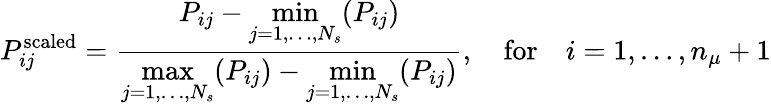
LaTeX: P_{ij}^{\mathrm{scaled}}=\frac{P_{ij}-\underset{j=1,\ldots,N_{s}}{\operatorname*{min}}(P_{ij})}{\underset{j=1,\ldots,N_{s}}{\operatorname*{max}}(P_{ij})-\underset{j=1,\ldots,N_{s}}{\operatorname*{min}}(P_{ij})},\quad\mathrm{for}\quad i=1,\ldots,n_{\mu}+1